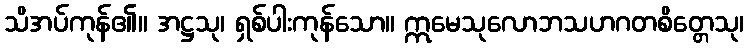
သိအပ်ကုန်၏။ အဋ္ဌသု၊ ရှစ်ပါးကုန်သော။ ဣမေသုလောဘသဟဂတစိတ္တေသု၊